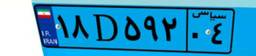
۱۴D۸۵۸۹۱